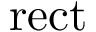
\operatorname { r e c t }